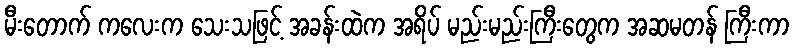
မီးတောက် ကလေးက သေးသဖြင့် အခန်းထဲက အရိပ် မည်းမည်းကြီးတွေက အဆမတန် ကြီးကာ